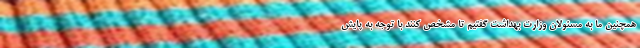
همچنین ما به مسئولان وزارت بهداشت گفتیم تا مشخص کنند با توجه به پایش